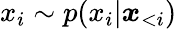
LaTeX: x_{i}\sim p(x_{i}|\boldsymbol{x}_{<i})